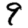
Digit: 9